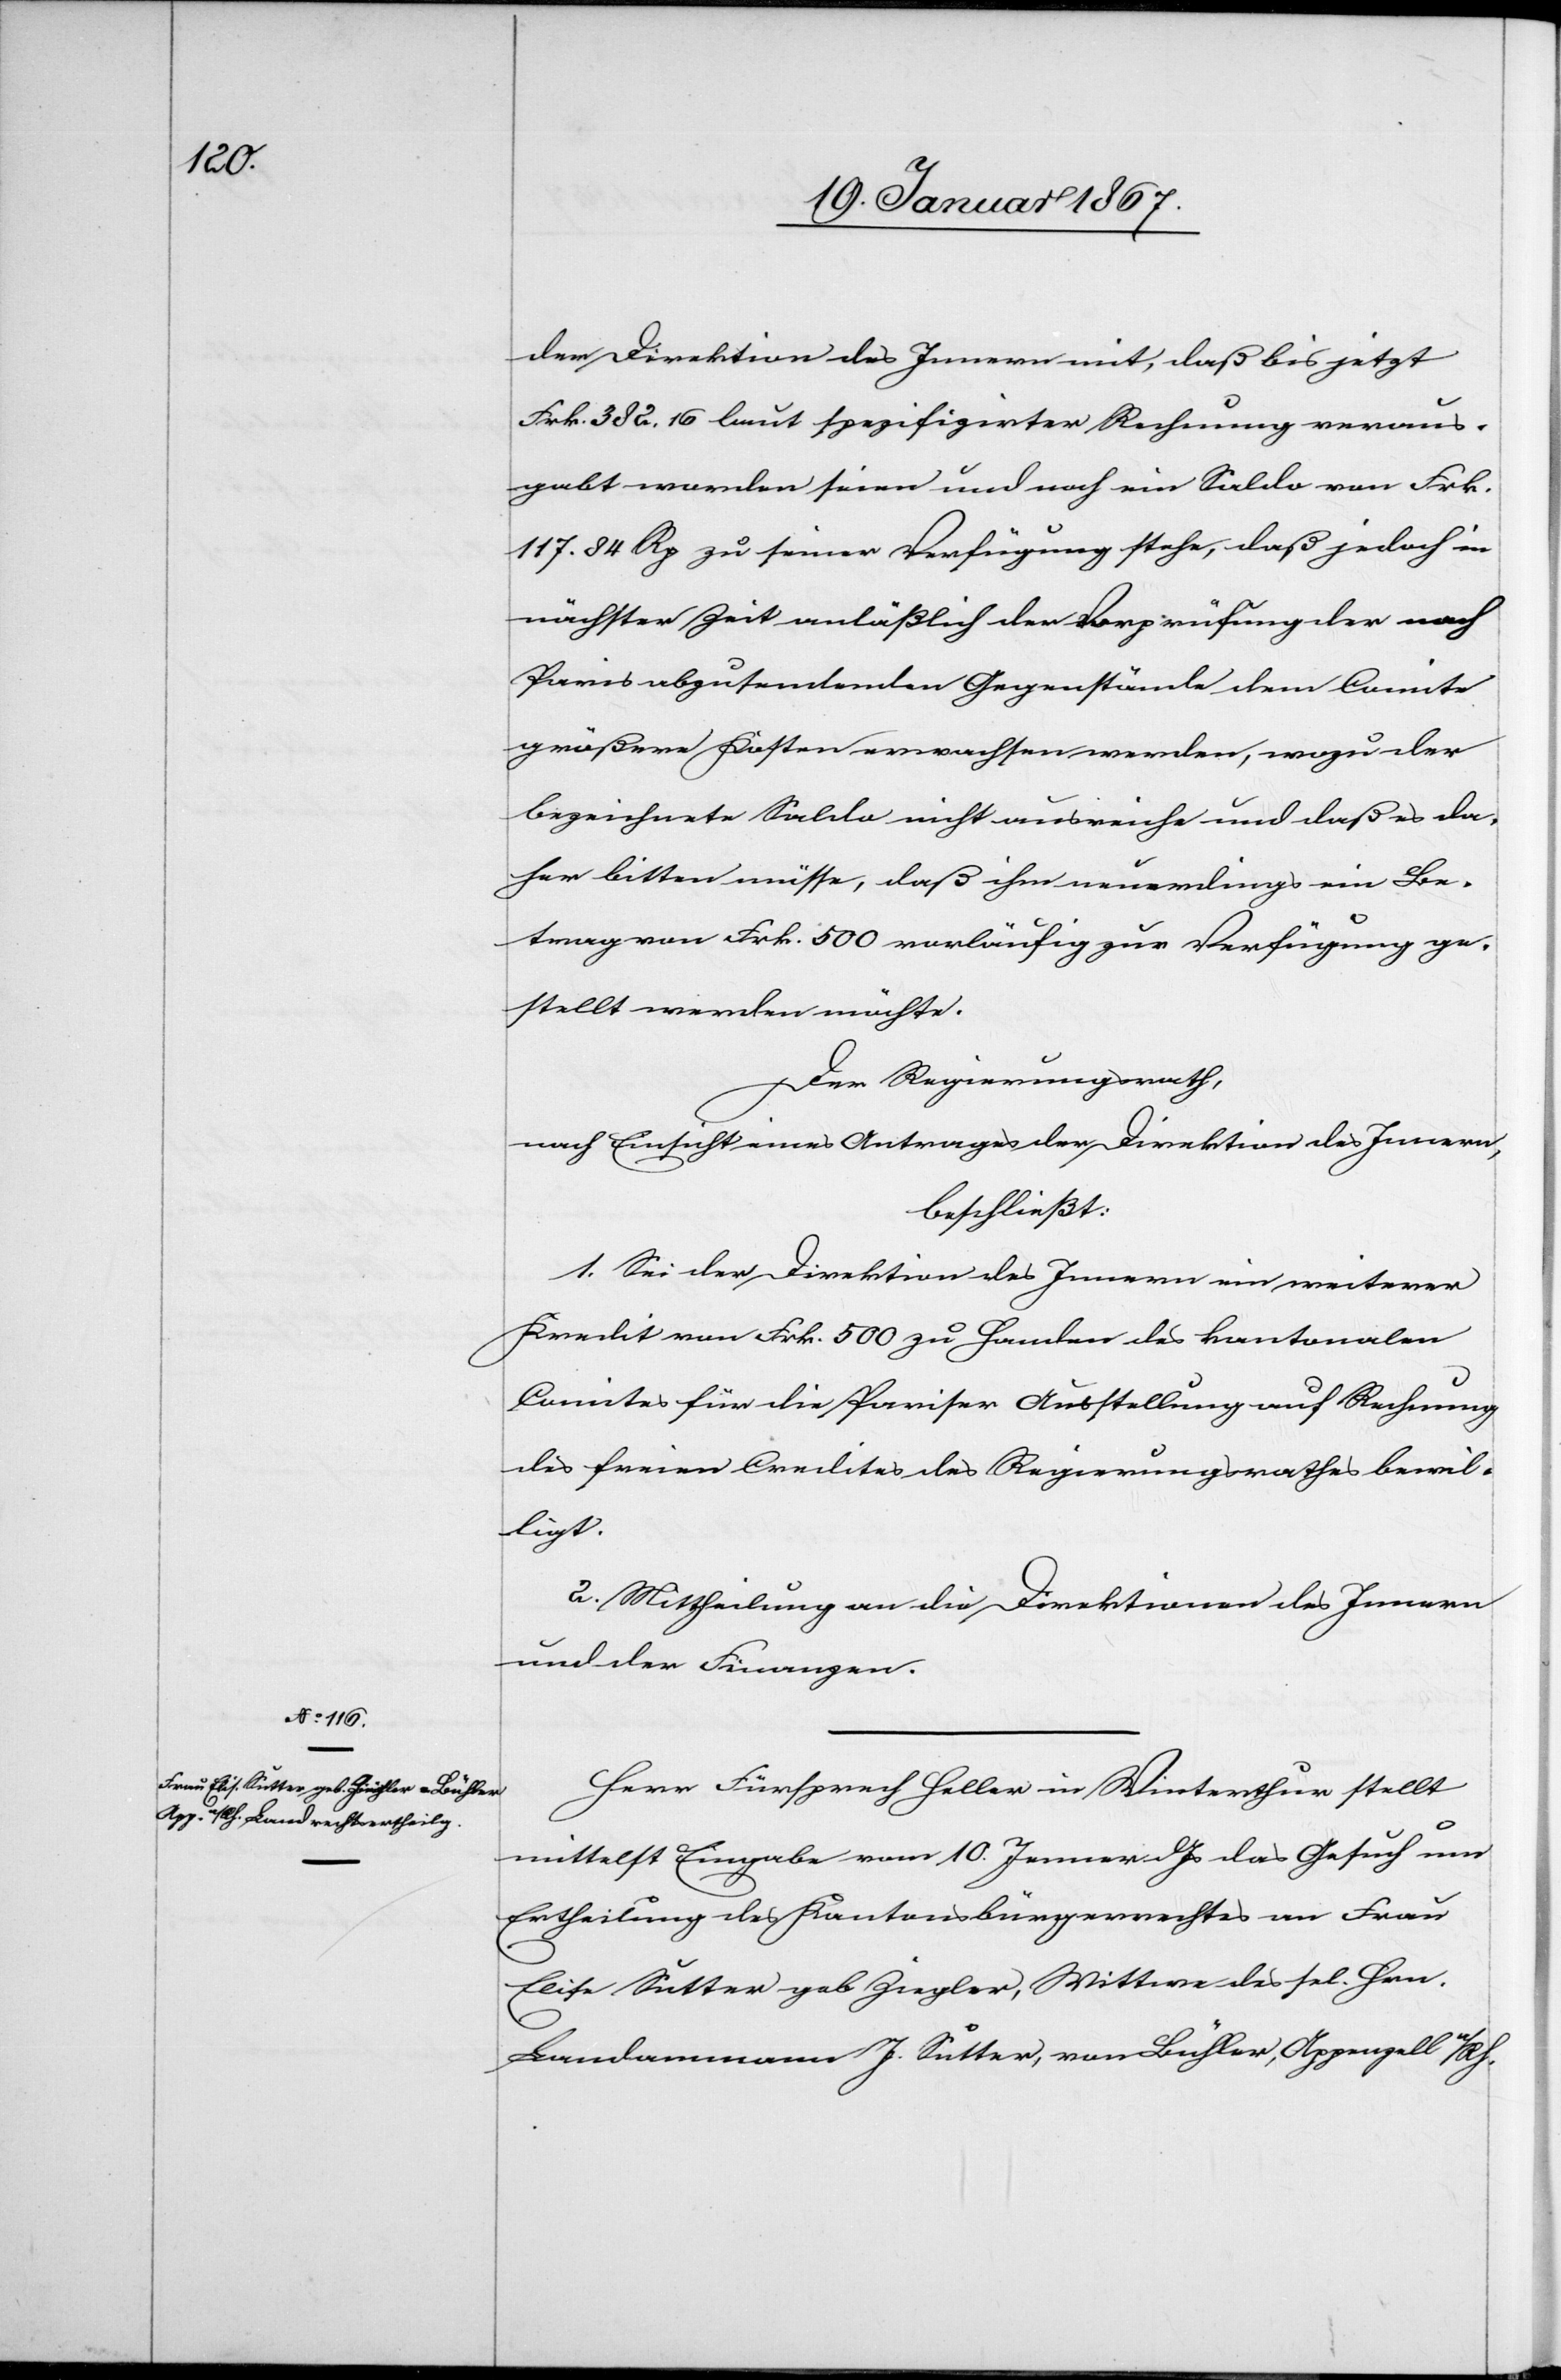
der Direktion des Innern mit, daß bis jetzt
Frk. 382.16 laut spezifizirter Rechnung veraus¬
gabt worden seien und noch ein Saldo von Frk.
117. 84 Rp zu seiner Verfügung stehe, daß jedoch in
nächster Zeit anläßlich der Vorprüfung der nach
Paris abzusendenden Gegenstände dem Comite
größere Kosten erwachsen werden, wozu der
bezeichnete Saldo nicht ausreiche und daß es da¬
her bitten müsse, daß ihm neuerdings ein Be¬
trag von Frk. 500 vorläufig zur Verfügung ge¬
stellt werden möchte.
Der Regierungsrath,
nach Einsicht eines Antrages der Direktion des Innern,
beschließt:
1. Sei der Direktion des Innern ein weiterer
Kredit von Frk. 500 zu Handen des kantonalen
Comites für die Pariser Ausstellung auf Rechnung
des freien Credites des Regierungsrathes bewil¬
ligt.
2. Mittheilung an die Direktionen des Innern
und der Finanzen.
Herr Fürsprech Heller in Winterthur stellt
mittelst Eingabe vom 10. Jenner d. Js das Gesuch um
Ertheilung des Kantonsbürgerrechtes an Frau
Elise Sutter geb. Ziegler, Wittwe des sel. Hrn.
Landammann J. Sutter, von Bühler, Appenzell a/Rh.